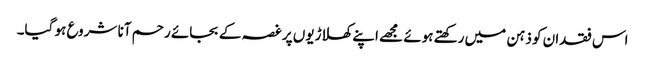
اس فقدان کو ذہن میں رکھتے ہوئے مجھے اپنے کھلاڑیوں پر غصہ کے بجائے رحم آنا شروع ہو گیا۔